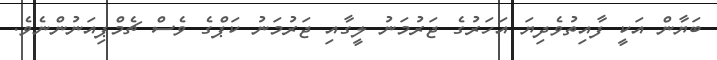
ބަޔާން އަކީ ފާއިތުވެދިޔަ އަހަރުގެ ޖަރުމަނު ލީގާއި ޖަރުމަނު ކަޕްގެ ވެސް ޗެމްޕިއަނުންނެވެ.